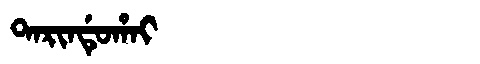
Manchu: ᡨᠠᡵᡳᠨᡩᡠᡥᠠᡳ
Romanization: TARINDUHAI